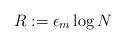
LaTeX: \begin{align*}R:=\epsilon_m\log N\end{align*}